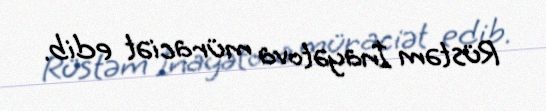
Rüstəm İnayətova müraciət edib.